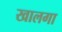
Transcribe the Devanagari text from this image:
खालगा